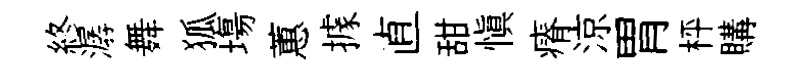
終潺舞狐塲蕙據直甜愼瘠涼胃枰購